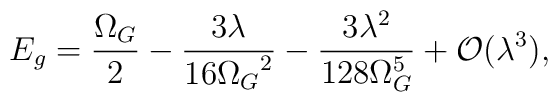
E_g = \frac{\Omega_G}{2}- \frac{3\lambda}{16{\Omega_{G}}^2 }- \frac{3 \lambda^2}{128 \Omega_G^5} + {\cal O} (\lambda^3),